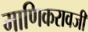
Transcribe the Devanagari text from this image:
माणिकरावजी